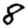
Digit: 8